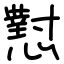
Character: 懟